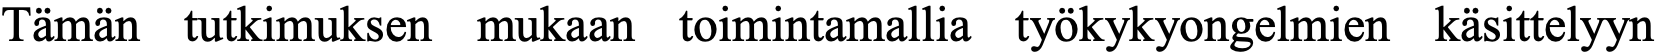
Tämän tutkimuksen mukaan toimintamallia työkykyongelmien käsittelyyn